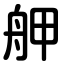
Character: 舺